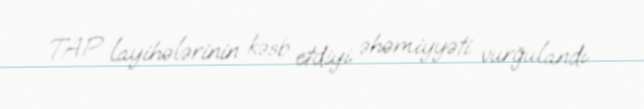
TAP layihələrinin kəsb etdiyi əhəmiyyəti vurğulandı.